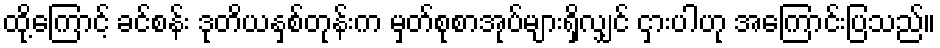
ထို့ကြောင့် ခင်စန်း ဒုတိယနှစ်တုန်းက မှတ်စုစာအုပ်များရှိလျှင် ငှားပါဟု အကြောင်းပြသည်။